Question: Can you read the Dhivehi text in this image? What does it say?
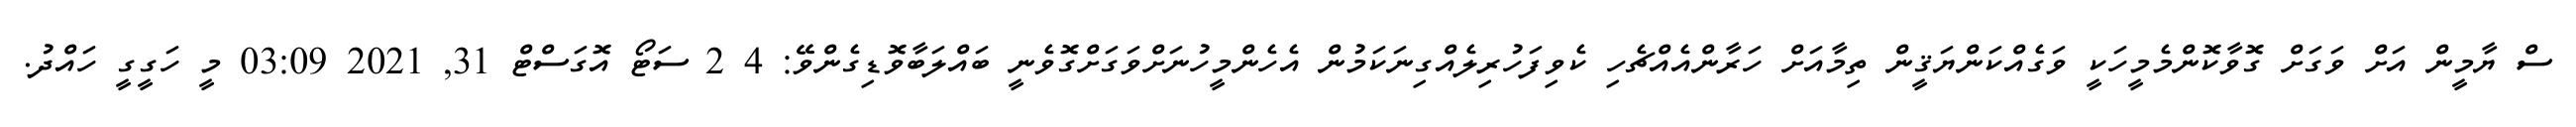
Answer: ސް ޔާމީން އަށް ވަގަށް ގޮވާކޮންމެމީހަކީ ވަގެއްކަންޔަޤީން ތިމާއަށް ހަރާންއެއްޗެހި ކެވިފަހުރިލެއްގިނަކަމުން އެހެންމީހުނަށްވަގަށްގޮވެނީ ބައްލަބާވޮޑިގެންވޭ: 4 2 ސަޓޯ އޮގަސްޓް 31, 2021 03:09 މީ ހަގީގީ ހައްދު.